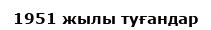
1951 жылы туғандар